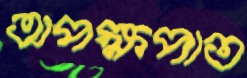
অপক্ষপাত